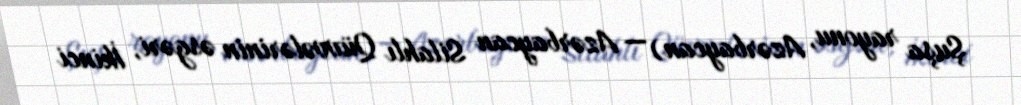
Şuşa rayonu, Azərbaycan) — Azərbaycan Silahlı Qüvvələrinin əsgəri, İkinci